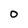
Character: O